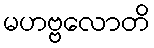
မဟဗ္ဗလောတိ